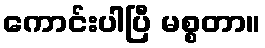
ကောင်းပါပြီ မစ္စတာ။